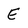
Character: e